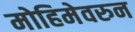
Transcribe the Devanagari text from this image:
मोहिमेवरुन